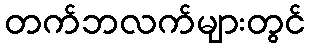
တက်ဘလက်များတွင်